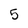
Character: 5